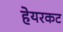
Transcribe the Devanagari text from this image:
हेयरकट